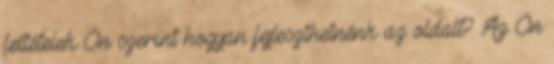
feltételek Ön szerint hogyan fejleszthetnénk az oldalt? Az Ön